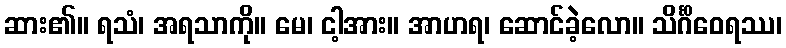
ဆား၏။ ရသံ၊ အရသာကို။ မေ၊ ငါ့အား။ အာဟရ၊ ဆောင်ခဲ့လော။ သိင်္ဂိဝေရဿ၊